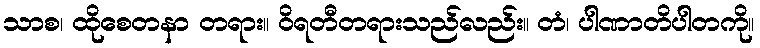
သာစ၊ ထိုစေတနာ တရား။ ဝိရတီတရားသည်လည်း။ တံ၊ ပါဏာတိပါတကို။